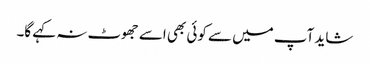
شاید آپ میں سے کوئی بھی اسے جھوٹ نہ کہے گا۔